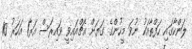
ލަންކާގައި ހަފްތާއަކު ނުވަ މީހުންގެ ގަޔަށް އެޗްއައިވީ ވައިރަސް އަރާ1 އަހަރު 10